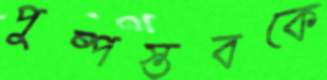
পুষ্পস্তবকে